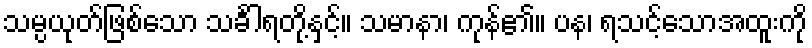
သမ္ပယုတ်ဖြစ်သော သင်္ခါရတို့နှင့်။ သမာနာ၊ ကုန်၏။ ပန၊ ရသင့်သောအထူးကို